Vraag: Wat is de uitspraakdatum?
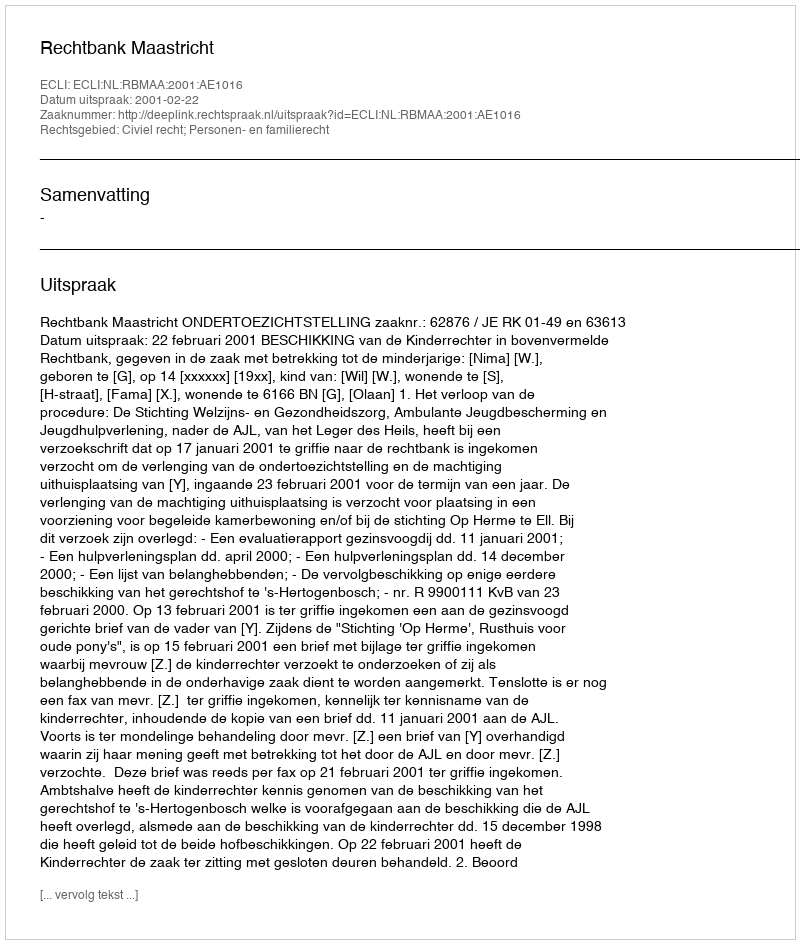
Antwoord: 2001-02-22